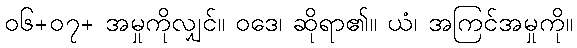
၀၆+၀၇+ အမှုကိုလျှင်။ ဝဒေ၊ ဆိုရာ၏။ ယံ၊ အကြင်အမှုကို။